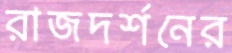
রাজদর্শনের